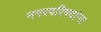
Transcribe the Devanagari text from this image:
नगरपरिषदांना